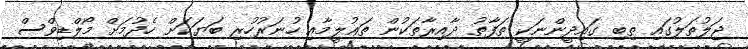
ޖަލުތަލުގައި ތިބި ގައިދީންނަކީ ތަފާތު ދާއިރާތަކުން ތަޢުލީމާއި ހުނަރުހުރި ބަޔަކަށް ހެދުމަށް މޯލްޑިވްސް